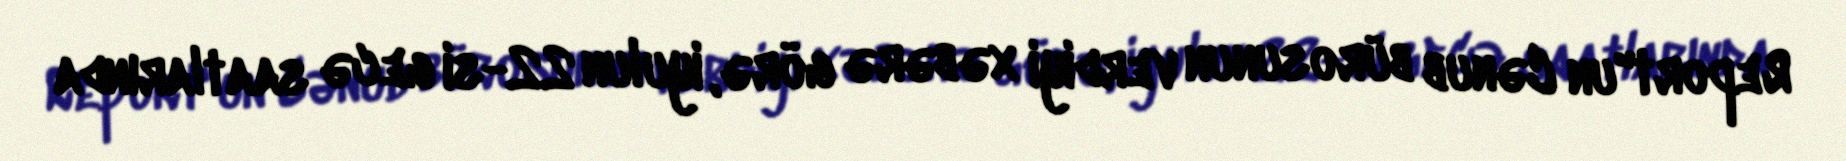
Report"un Cənub bürosunun verdiyi xəbərə görə, iyulun 22-si gecə saatlarında